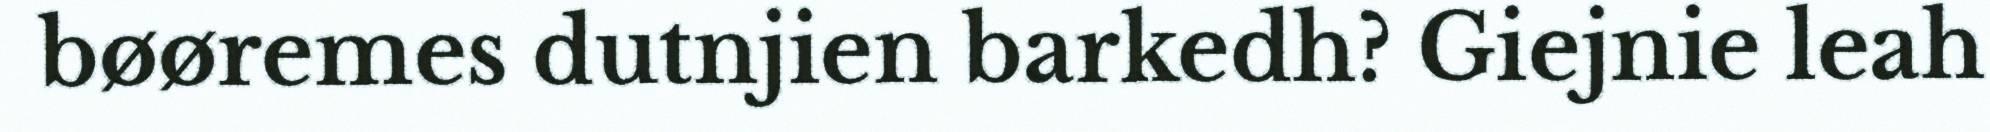
bøøremes dutnjien barkedh? Giejnie leah